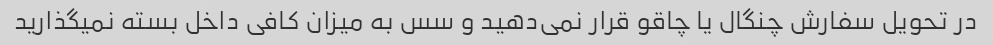
در تحویل سفارش چنگال یا چاقو قرار نمی‌دهید و سس به میزان کافی داخل بسته نمیگذارید